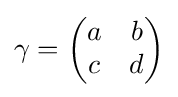
\gamma ={\begin{pmatrix}a&b\\c&d\end{pmatrix}}